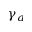
\gamma _ { a }